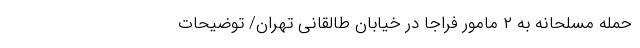
‌‌ حمله مسلحانه به ۲ مامور فراجا در خیابان طالقانی تهران/ توضیحات